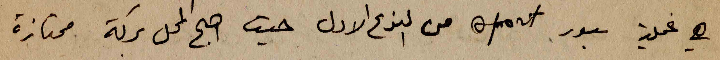
هي عملية سبور sport من النوع الاول حيث اصبح المحل بركة ممتازة